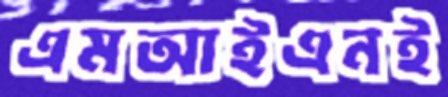
এমআইএনই